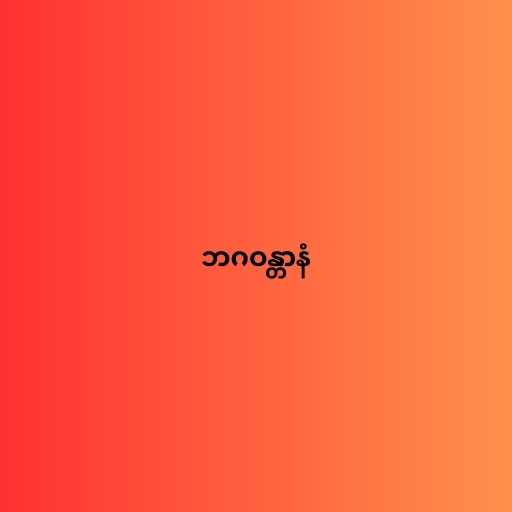
ဘဂဝန္တာနံ